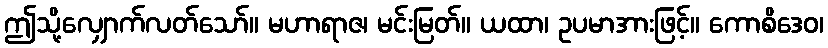
ဤသို့လျှောက်လတ်သော်။ မဟာရာဇ၊ မင်းမြတ်။ ယထာ၊ ဥပမာအားဖြင့်။ ကောစိဒေဝ၊